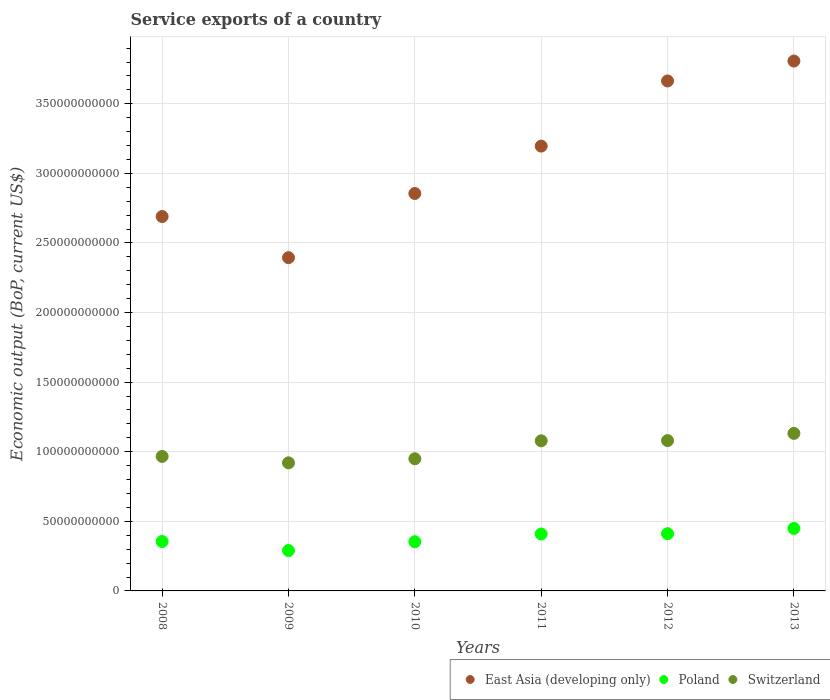
| Years | East Asia (developing only) | Poland | Switzerland |
 | --- | --- | --- | --- |
 | 2008 | 2.69e+11 | 3.55e+10 | 9.66e+10 |
 | 2009 | 2.39e+11 | 2.9e+10 | 9.2e+10 |
 | 2010 | 2.86e+11 | 3.54e+10 | 9.5e+10 |
 | 2011 | 3.2e+11 | 4.09e+10 | 1.08e+11 |
 | 2012 | 3.66e+11 | 4.11e+10 | 1.08e+11 |
 | 2013 | 3.81e+11 | 4.49e+10 | 1.13e+11 |